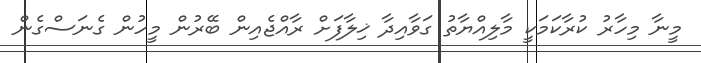
މީނާ މިހާރު ކުރާކަމަކީ މާލިއްޔާތު ގަވާއިދާ ޚިލާފަށް ރާއްޖެއިން ބޭރުން މީހުން ގެނަސްގެން